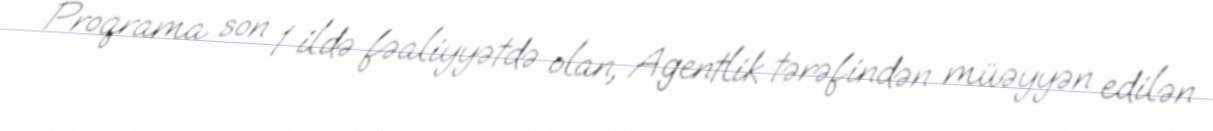
Proqrama son 1 ildə fəaliyyətdə olan, Agentlik tərəfindən müəyyən edilən